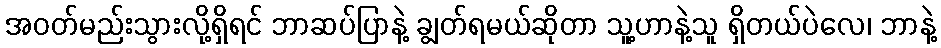
အဝတ်မည်းသွားလို့ရှိရင် ဘာဆပ်ပြာနဲ့ ချွတ်ရမယ်ဆိုတာ သူ့ဟာနဲ့သူ ရှိတယ်ပဲလေ၊ ဘာနဲ့